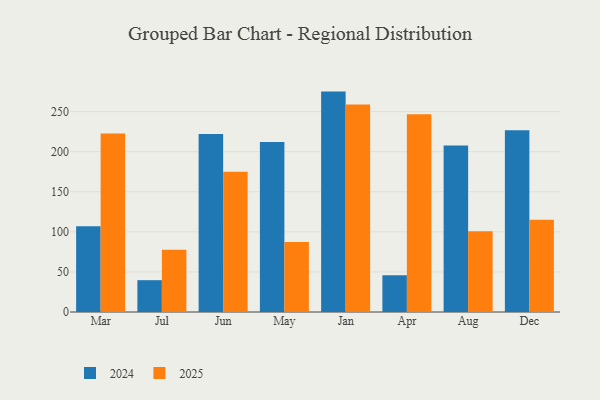
{"axis": {"x": "Month", "y": "Conversion Rate (%)"}, "legend": ["2024", "2025"], "data": [{"x": "Mar", "y": 222.7, "type": "2025"}, {"x": "Mar", "y": 106.9, "type": "2024"}, {"x": "Jul", "y": 77.6, "type": "2025"}, {"x": "Jul", "y": 39.7, "type": "2024"}, {"x": "Jun", "y": 175.1, "type": "2025"}, {"x": "Jun", "y": 222.1, "type": "2024"}, {"x": "May", "y": 87.4, "type": "2025"}, {"x": "May", "y": 212.1, "type": "2024"}, {"x": "Jan", "y": 258.8, "type": "2025"}, {"x": "Jan", "y": 275.0, "type": "2024"}, {"x": "Apr", "y": 246.6, "type": "2025"}, {"x": "Apr", "y": 45.8, "type": "2024"}, {"x": "Aug", "y": 100.9, "type": "2025"}, {"x": "Aug", "y": 207.9, "type": "2024"}, {"x": "Dec", "y": 115.2, "type": "2025"}, {"x": "Dec", "y": 226.9, "type": "2024"}]}